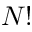
N !